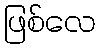
ဖြစ်လေ